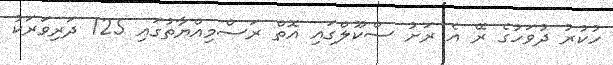
ހުކުރު ދުވަހުގެ ރޭ އެ ރަށު ސްކޫލްގައި އޮތް ރަސްމިއްޔާތުގައި 125 ދަރިވަރަކު